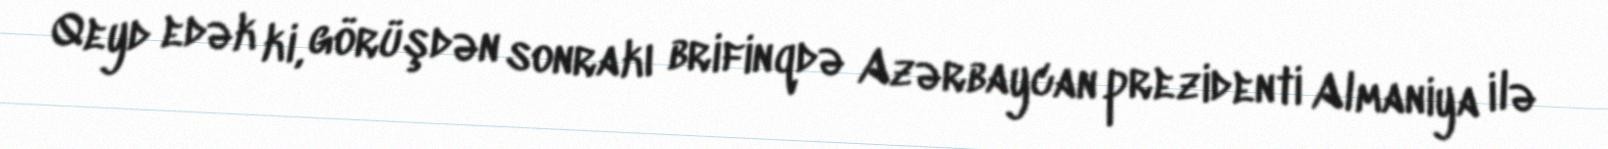
Qeyd edək ki, görüşdən sonrakı brifinqdə Azərbaycan prezidenti Almaniya ilə